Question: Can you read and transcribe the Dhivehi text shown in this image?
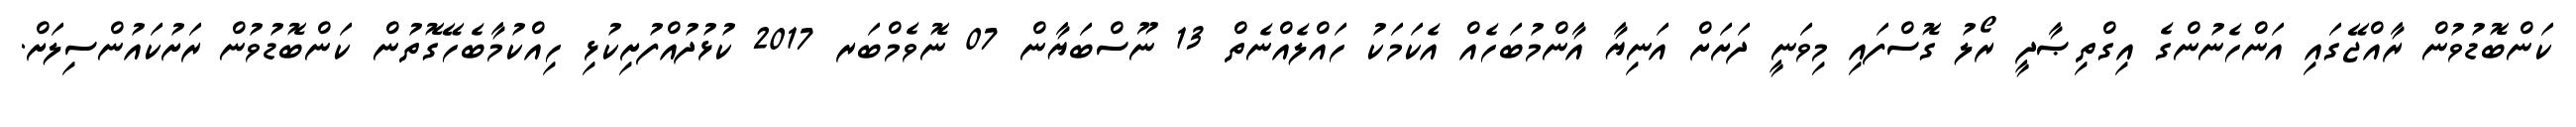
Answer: ކަންބޮޑުވުން ރާއްޖޭގައި އަންހެނުންގެ އިގްތިޞާދީ ރޯލު ގޮސްފައި މިވަނީ ދަށަށް އަނިޔާ އާންމުބަހެއް އެކަމަކު ހައްލެއްނެތް 13 ނޫސްބަޔާން 07 ނޮވެމްބަރ 2017 ކުޅުދުއްފުށިކުޅި ހިއްކުމާބެހޭގޮތުން ކަންބޮޑުވުން ރަށުކައުންސިލަށް.